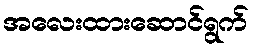
အလေးထားဆောင်ရွက်